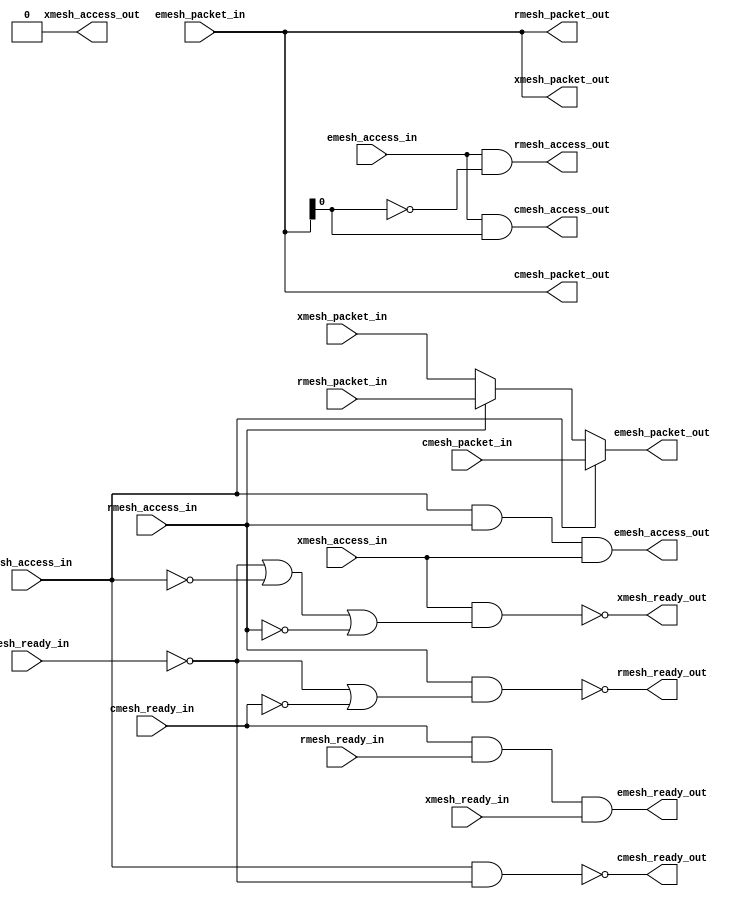
module emesh_if (/*AUTOARG*/
   // Outputs
   cmesh_ready_out, cmesh_access_out, cmesh_packet_out,
   rmesh_ready_out, rmesh_access_out, rmesh_packet_out,
   xmesh_ready_out, xmesh_access_out, xmesh_packet_out,
   emesh_ready_out, emesh_access_out, emesh_packet_out,
   // Inputs
   cmesh_access_in, cmesh_packet_in, cmesh_ready_in, rmesh_access_in,
   rmesh_packet_in, rmesh_ready_in, xmesh_access_in, xmesh_packet_in,
   xmesh_ready_in, emesh_access_in, emesh_packet_in, emesh_ready_in
   );

   parameter AW   = 32;   
   parameter PW   = 2*AW+40; 

   //##Cmesh##    
   input 	   cmesh_access_in;
   input [PW-1:0]  cmesh_packet_in;
   output 	   cmesh_ready_out;
   output 	   cmesh_access_out;
   output [PW-1:0] cmesh_packet_out;
   input 	   cmesh_ready_in;
      
   //##Rmesh## 
   input 	   rmesh_access_in;
   input [PW-1:0]  rmesh_packet_in;
   output 	   rmesh_ready_out;
   output 	   rmesh_access_out;
   output [PW-1:0] rmesh_packet_out;
   input 	   rmesh_ready_in;
   
   //##Xmesh## 
   input 	   xmesh_access_in;
   input [PW-1:0]  xmesh_packet_in;
   output 	   xmesh_ready_out;  
   output 	   xmesh_access_out;
   output [PW-1:0] xmesh_packet_out;
   input 	   xmesh_ready_in;
   
   //##Emesh##
   input 	   emesh_access_in;
   input [PW-1:0]  emesh_packet_in;
   output 	   emesh_ready_out;
   
   //core-->io
   output 	   emesh_access_out;
   output [PW-1:0] emesh_packet_out;
   input 	   emesh_ready_in;
      
   //#####################################################
   //# EMESH-->(RMESH/XMESH/CMESH)
   //#####################################################
      
   assign cmesh_access_out = emesh_access_in & emesh_packet_in[0];

   assign rmesh_access_out = emesh_access_in & ~emesh_packet_in[0];

   //Don't drive on xmesh for now
   assign xmesh_access_out = 1'b0;
      
   //Distribute emesh to xmesh,cmesh, rmesh
   assign cmesh_packet_out[PW-1:0] = emesh_packet_in[PW-1:0];	 
   assign rmesh_packet_out[PW-1:0] = emesh_packet_in[PW-1:0];	 
   assign xmesh_packet_out[PW-1:0] = emesh_packet_in[PW-1:0];


   assign emesh_ready_out = cmesh_ready_in &
			    rmesh_ready_in &
			    xmesh_ready_in;
  	 	 
   //#####################################################
   //# (RMESH/XMESH/CMESH)-->EMESH
   //#####################################################

   assign emesh_access_out = cmesh_access_in &
			     rmesh_access_in &
			     xmesh_access_in;
   

   //TODO: Make round robin?? (Fancify)
   assign emesh_packet_out[PW-1:0] = cmesh_access_in ? cmesh_packet_in[PW-1:0] :
				     rmesh_access_in ? rmesh_packet_in[PW-1:0] :
				                       xmesh_packet_in[PW-1:0];
   
   assign cmesh_ready_out = ~(cmesh_access_in & ~emesh_ready_in);
   

   assign rmesh_ready_out = ~(rmesh_access_in & 
			    (~emesh_ready_in | ~cmesh_ready_in));

   assign xmesh_ready_out = ~(xmesh_access_in & 
			      (~emesh_ready_in | ~cmesh_access_in | ~rmesh_access_in));
   
				     
endmodule